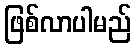
ဖြစ်လာပါမည်